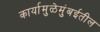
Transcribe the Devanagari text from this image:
कार्यामुळेमुंबईतील